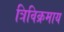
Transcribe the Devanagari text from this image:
त्रिविक्रमाय